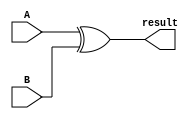
module subtractor (
    input [7:0] A,
    input [7:0] B,
    output reg [7:0] result
);

reg [7:0] borrow;
reg overflow;

// Bitwise subtraction using XOR gates
assign result = A ^ B;

// Borrow propagation using AND gates
always @*begin
    borrow[0] = ~A[0] & B[0];
    borrow[1] = (~A[1] & B[1]) | (borrow[0] & ~A[0]);
    // Repeat for all bits
end

// Overflow generation using OR gates
assign overflow = (A[7] & ~B[7] & ~borrow[7]) | (~A[7] & B[7] & borrow[7]);

endmodule